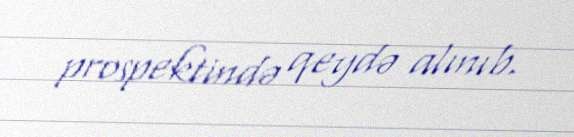
prospektində qeydə alınıb.